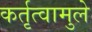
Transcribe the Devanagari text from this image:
कर्तृत्वामुले